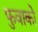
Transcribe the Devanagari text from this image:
फुवाको